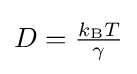
{\textstyle D={\frac {k_{\text{B}}T}{\gamma }}}